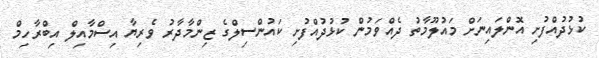
ކުޅުދުއްފުށި އޮންލައިނަށް މައުލޫމާތު ދެއްވަމުން ކުޅުދުއްފުށި ކައުންސިލްގެ ޒިންމާދާރު ވެރިޔާ އިސްމާއިލް އިބްރާހިމް